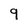
Character: 9